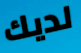
لديك